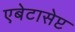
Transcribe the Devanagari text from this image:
एबेटासेप्ट